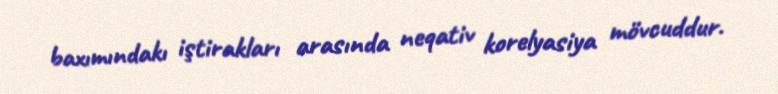
baxımındakı iştirakları arasında neqativ korelyasiya mövcuddur.